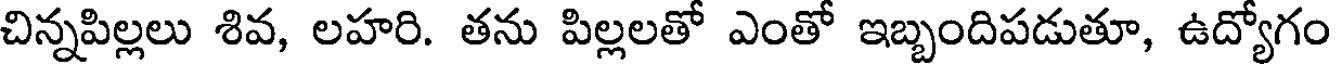
చిన్నపిల్లలు శివ, లహరి. తను పిల్లలతో ఎంతో ఇబ్బందిపడుతూ, ఉద్యోగం